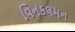
વિનકલમન